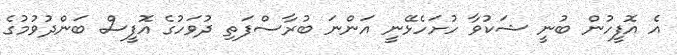
އެ އޮފީހުން ބުނީ ޝަކުވާ ހުށަހެޅޭނީ އަންނަ ބުރާސްފަތި ދުވަހުގެ އޮފީސް ބަންދުވުމުގެ